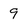
Character: 9